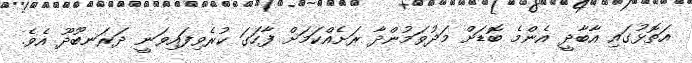
އަތޮޅުގައި އާބާދީ އެންމެ ބޮޑަށް މަދުވަމުންދާ ރަށެއްކަމަށް ފާހަގަ ކުރެވިފައިވަނީ ދަރަނބޫދޫ އެވެ.